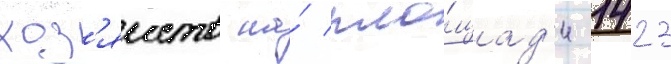
хоз'яиств на́ пло́щад'и 1423